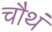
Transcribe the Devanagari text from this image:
चौथं